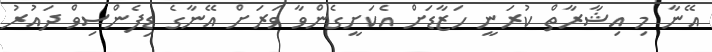
އޭނާ މި އިޝާރާތް ކުރަނީ ހަޒާޑަށް އެކަށީގެންވާ ވަރަށް އޭނާގެ ޑިފެންސިވް ދައުރު